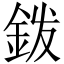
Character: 𰼦